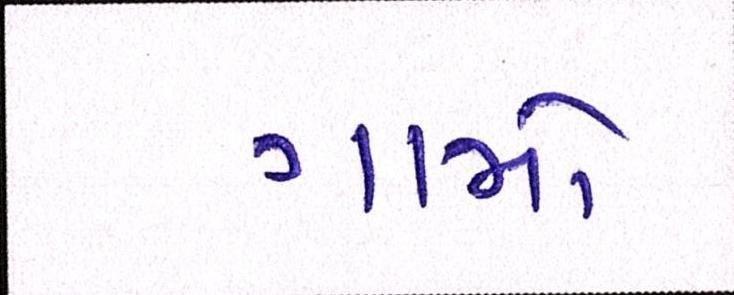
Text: ગામો